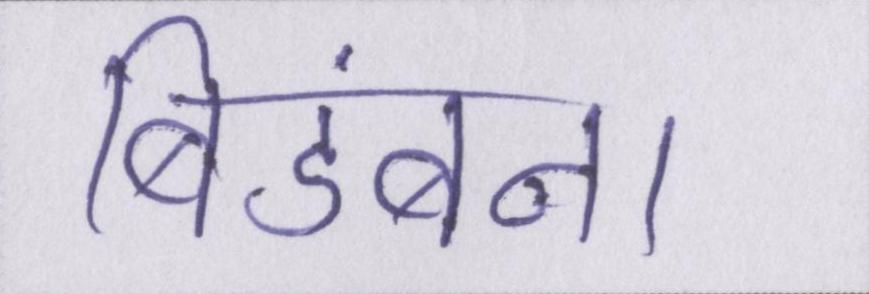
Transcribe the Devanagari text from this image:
बिडंबना